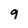
Character: g